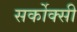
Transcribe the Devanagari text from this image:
सर्कोक्सी